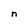
Character: n